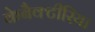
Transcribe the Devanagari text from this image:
केबैक्टीरिया